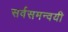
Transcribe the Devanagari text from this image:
सर्वसमन्‍वयी